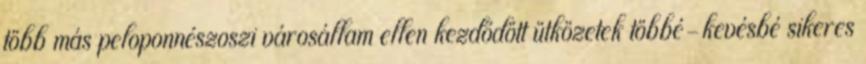
több más peloponnészoszi városállam ellen kezdődött ütközetek többé-kevésbé sikeres